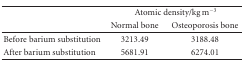
|  | <COLSPAN=2> Atomic density/kg m−3 |
 |  | Normal bone | Osteoporosis bone |
 | --- | --- | --- |
 | Before barium substitution | 3213.49 | 3188.48 |
 | After barium substitution | 5681.91 | 6274.01 |